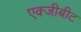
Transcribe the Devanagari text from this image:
एक्जीबीट